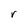
Character: r